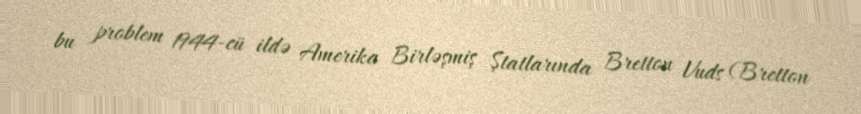
bu problem 1944-cü ildə Amerika Birləşmiş Ştatlarında Bretton Vuds (Bretton